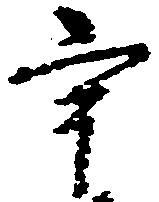
宇